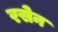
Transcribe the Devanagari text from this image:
रसेन